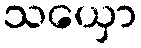
သယှော